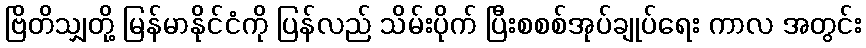
ဗြိတိသျှတို့ မြန်မာနိုင်ငံကို ပြန်လည် သိမ်းပိုက် ပြီးစစစ်အုပ်ချုပ်ရေး ကာလ အတွင်း